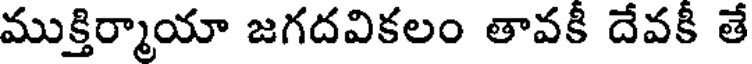
ముక్తిర్మాయా జగదవికలం తావకీ దేవకీ తే